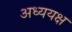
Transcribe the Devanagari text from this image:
अध्ययक्ष